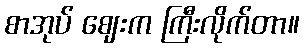
စာအုပ် ဈေးက ကြီးလိုက်တာ။